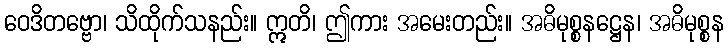
ဝေဒိတဗ္ဗော၊ သိထိုက်သနည်း။ ဣတိ၊ ဤကား အမေးတည်း။ အဓိမုစ္စနဋ္ဌေန၊ အဓိမုစ္စန